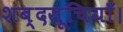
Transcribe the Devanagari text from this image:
शब्दसूचियाँ।